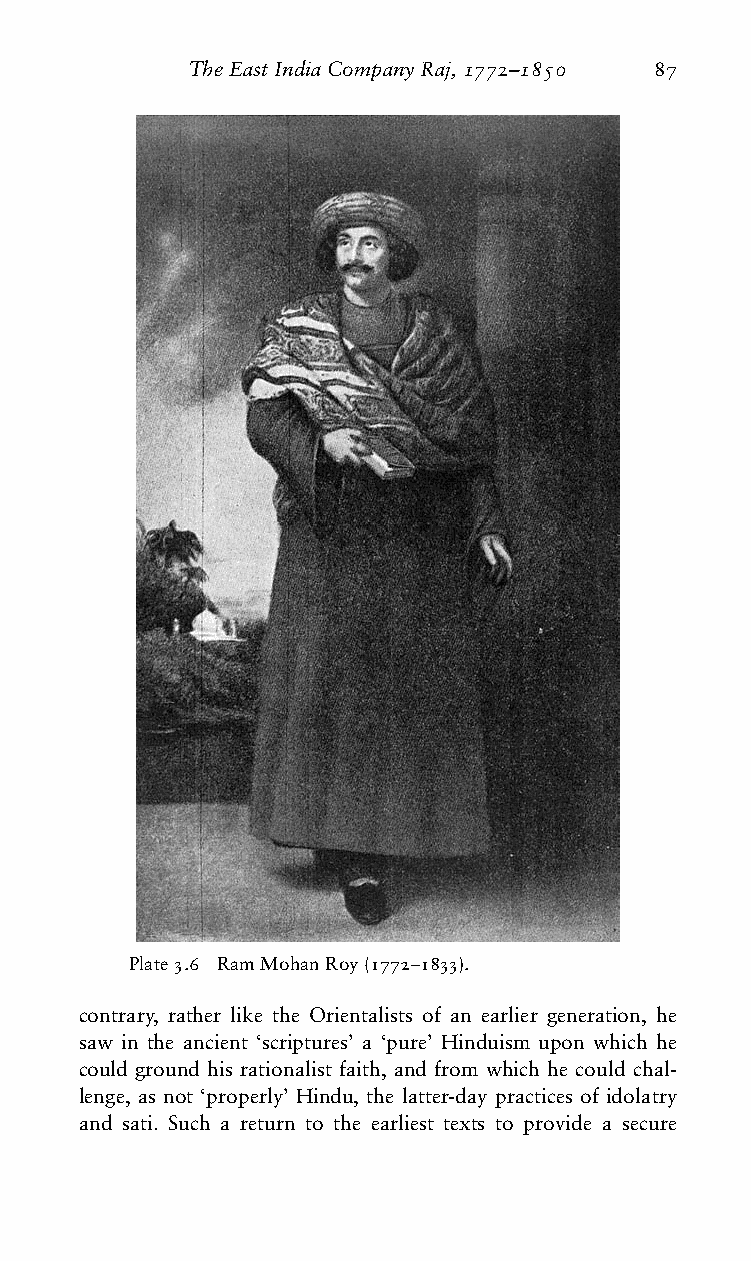
TheEastIndiaCompanyRaj,1772–1850 87
 Plate3.6 RamMohanRoy(1772–1833).
 contrary, rather like the Orientalists of an earlier generation, he
 saw in the ancient ‘scriptures’ a ‘pure’ Hinduism upon which he
 could ground his rationalist faith, and from which he could chal-
 lenge, as not ‘properly’ Hindu, the latter-day practices of idolatry
 and sati. Such a return to the earliest texts to provide a secure